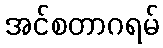
အင်စတာဂရမ်